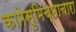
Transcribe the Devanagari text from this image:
कामेसुमिच्छाचारा